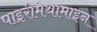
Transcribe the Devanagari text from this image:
पाइरीमेथामाइन